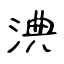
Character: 淟